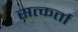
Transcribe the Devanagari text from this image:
सत्कर्ता